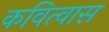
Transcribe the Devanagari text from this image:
कवित्वास